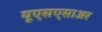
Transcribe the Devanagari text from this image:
यूएसएसाअर